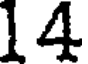
14